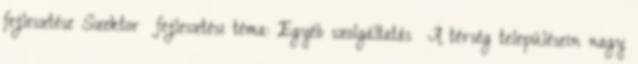
fejlesztése Szektor fejlesztési téma: Egyéb szolgáltatás ▪A térség településein nagy